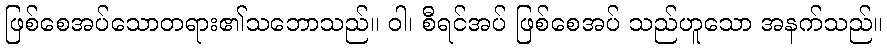
ဖြစ်စေအပ်သောတရား၏သဘောသည်။ ဝါ၊ စီရင်အပ် ဖြစ်စေအပ် သည်ဟူသော အနက်သည်။